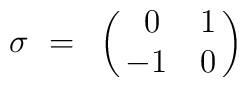
\sigma ~=~ \pmatrix{ ~0 & 1\cr                    -1 & 0 \cr}